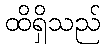
ထိရှိသည်